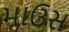
માઉસ